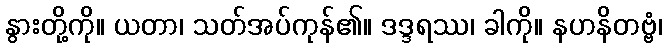
နွားတို့ကို။ ယတာ၊ သတ်အပ်ကုန်၏။ ဒဒ္ဒရဿ၊ ခါကို။ နဟနိတဗ္ဗံ၊